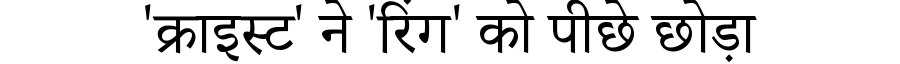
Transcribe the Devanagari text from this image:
'क्राइस्ट' ने 'रिंग' को पीछे छोड़ा